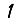
Digit: 1